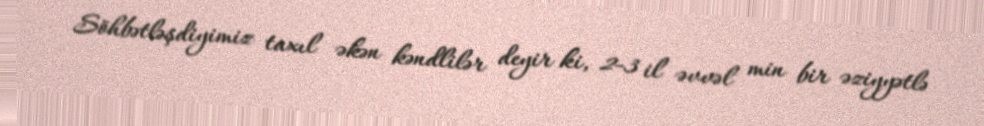
Söhbətləşdiyimiz taxıl əkən kəndlilər deyir ki, 2-3 il əvvəl min bir əziyyətlə